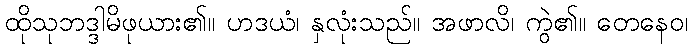
ထိုသုဘဒ္ဒါမိဖုယား၏။ ဟဒယံ၊ နှလုံးသည်။ အဖာလိ၊ ကွဲ၏။ တေနေဝ၊